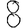
Digit: 8